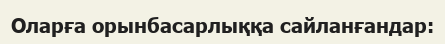
Оларға орынбасарлыққа сайланғандар: